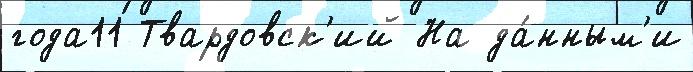
года11 Твардовск'ий На да́нным'и